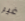
غير